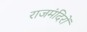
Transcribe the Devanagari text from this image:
राजमंदिरों